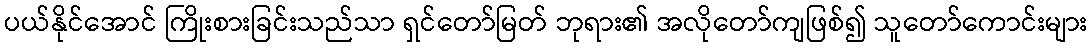
ပယ်နိုင်အောင် ကြိုးစားခြင်းသည်သာ ရှင်တော်မြတ် ဘုရား၏ အလိုတော်ကျဖြစ်၍ သူတော်ကောင်းများ